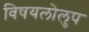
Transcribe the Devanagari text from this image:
विषयलोलुप